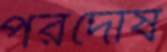
পরদোষ